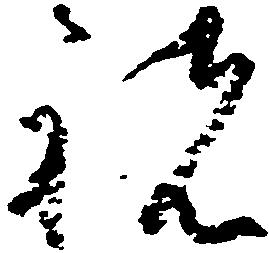
祝